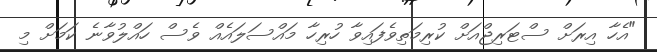
"އެހާ އިރަށް ސްޓަރިޖްއަށް ކުރިމަތިވެފައިވާ ހުރިހާ މައްސަލައެއް ވެސް ހައްލުވާނެ ކަމަށް މި